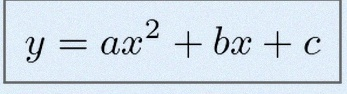
y=ax^2+bx+c